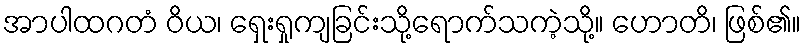
အာပါထဂတံ ဝိယ၊ ရှေးရှုကျခြင်းသို့ရောက်သကဲ့သို့။ ဟောတိ၊ ဖြစ်၏။